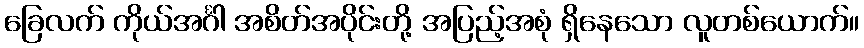
ခြေလက် ကိုယ်အင်္ဂါ အစိတ်အပိုင်းတို့ အပြည့်အစုံ ရှိနေသော လူတစ်ယောက်။